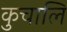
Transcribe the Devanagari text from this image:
कुचालि